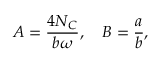
A = \frac { 4 N _ { C } } { b \omega } , \quad B = \frac { a } { b } , \qquad